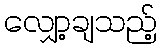
လျှော့ချသည့်